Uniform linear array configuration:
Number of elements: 24
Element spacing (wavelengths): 0.75
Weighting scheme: kaiser
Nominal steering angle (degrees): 15
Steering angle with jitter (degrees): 13.049
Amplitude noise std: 0.05
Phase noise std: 0.05

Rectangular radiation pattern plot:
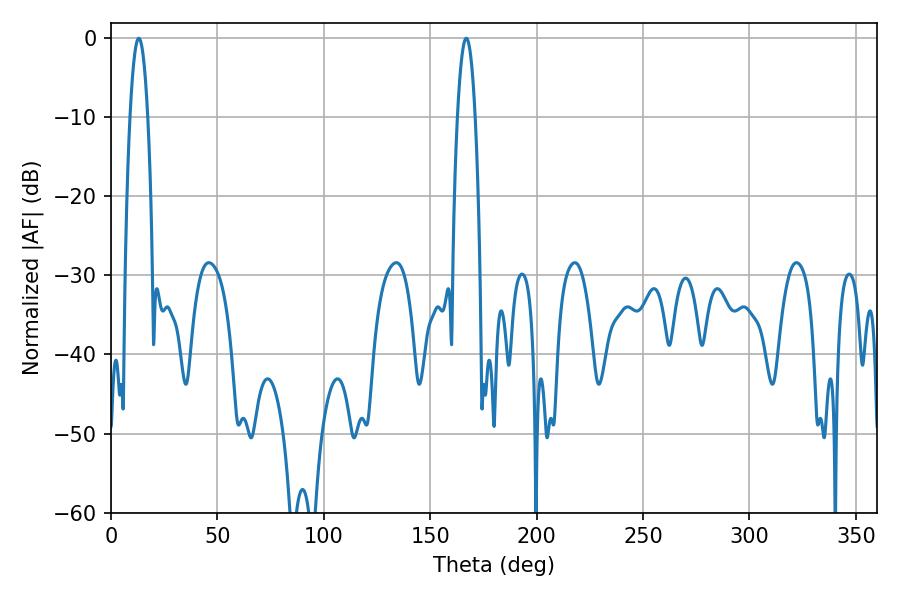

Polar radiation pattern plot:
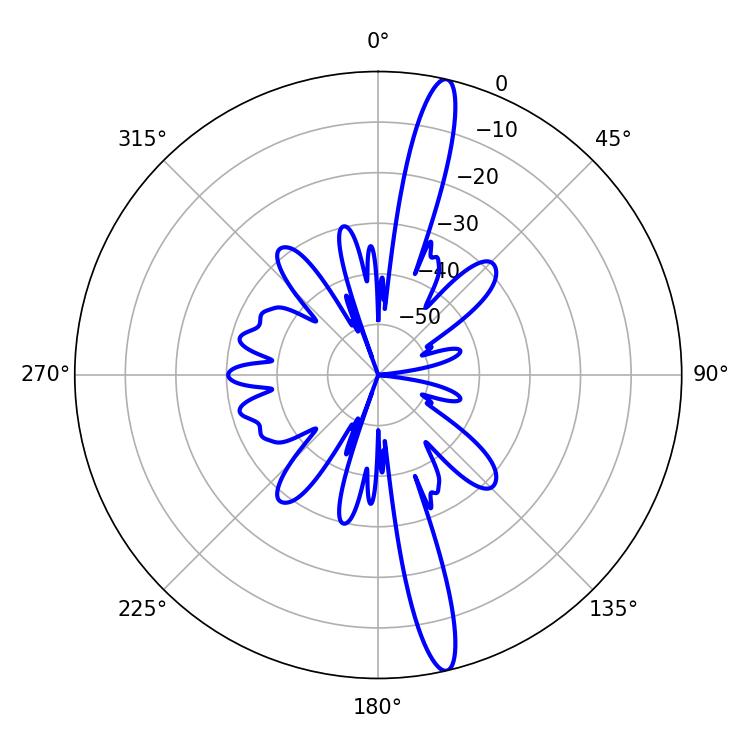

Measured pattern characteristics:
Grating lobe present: TRUE
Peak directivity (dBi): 17.118
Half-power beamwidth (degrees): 4.5
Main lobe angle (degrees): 13.14